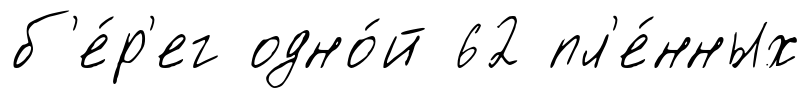
б'е́р'ег одно́й 62 пл'е́нных